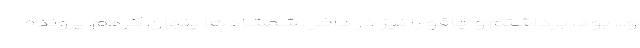
و... بود، برداشتم و چاقو را نیز در داخل شمشاد‌ها پنهان کردم. پرونده